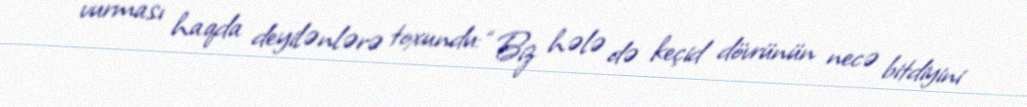
vurması haqda deyilənlərə toxundu: “Biz hələ də keçid dövrünün necə bitdiyini